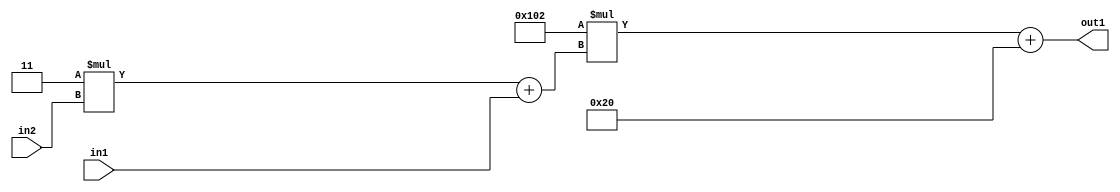
`timescale 1ps / 1ps
/*****************************************************************************
    Verilog RTL Description
    
    
    Created by: Stratus DpOpt 2019.1.01 
*******************************************************************************/

module DC_Filter_Add2i32Mul2i258Add2u1Mul2i3u2_4 (
	in2,
	in1,
	out1
	); /* architecture "behavioural" */ 
input [1:0] in2;
input  in1;
output [11:0] out1;
wire [11:0] asc001;
wire [3:0] asc002;

wire [3:0] asc002_tmp_0;
assign asc002_tmp_0 = 
	+(4'B0011 * in2);
assign asc002 = asc002_tmp_0
	+(in1);

wire [11:0] asc001_tmp_1;
assign asc001_tmp_1 = 
	+(12'B000100000010 * asc002);
assign asc001 = asc001_tmp_1
	+(12'B000000100000);

assign out1 = asc001;
endmodule

/* CADENCE  v7bxSQ4= : u9/ySgnWtBlWxVPRXgAZ4Og= ** DO NOT EDIT THIS LINE ******/